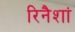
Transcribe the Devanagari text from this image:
रिनैशां